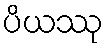
ပိယဿု